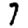
Digit: 7